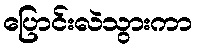
ပြောင်းလဲသွားကာ